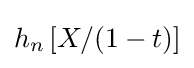
h_{n}\left[X/(1-t)\right]